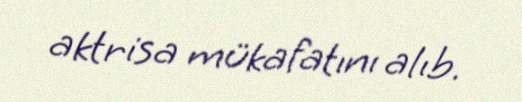
aktrisa mükafatını alıb.